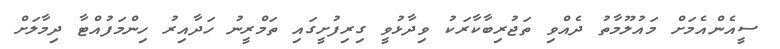
ސީއެންއެމަށް މައުލޫމާތު ދެއްވި ތަޖުރިބާކާރަކު ވިދާޅުވީ ގިރިފުށީގައި ތަމްރީނު ހަދާއިރު ހިންމަފުއްޓާ ދިމާލަށް